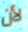
لأن